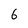
Character: 6